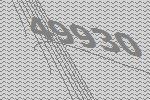
49930